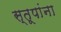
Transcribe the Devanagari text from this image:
स्तूपांना